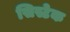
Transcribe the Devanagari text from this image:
सिस्टेक